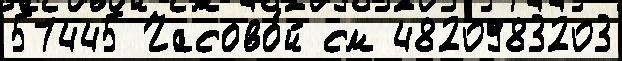
57445 Часово́й см 4820983203